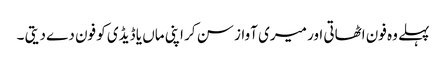
پہلے وہ فون اٹھاتی اور میری آواز سن کر اپنی ماں یا ڈیڈی کو فون دے دیتی ۔